Serum-therapy of plague in India - Number 20
Disease focus: Plague
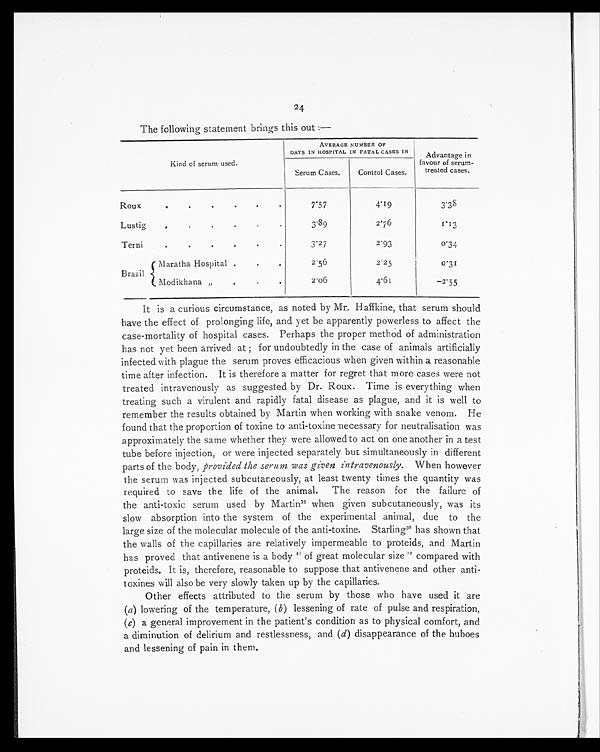
24
The following statement brings this out :—
Kind of serum used.
AVERAGE NUMBER OF
DAYS IN HOSPITAL IN FATAL CASES IN
Advantage in
favour of serum-
treated cases.
Serum Cases.
Control Cases.
Roux.
. . . . .
7 . 5 7
4.19
3.38
Lustig
3.89
2.76
1.13
Terni
3 . 2 7
2.93
0 . 3 4
Maratha Hospital ..
.
2.56
2.25
0 . 3 1
Brazil
Modikhana „
2.06
4.61
- 2 . 5 5
It is a curious circumstance, as noted by Mr. Haffkine, that serum should
have the effect of prolonging life, and yet be apparently powerless to affect the
case mortality of hospital cases. Perhaps the proper method of administration
has not yet been arrived at; for undoubtedly in the case of animals artificially
infected with plague the serum proves efficacious when given within a reasonable
time after infection. It is therefore a matter for regret that more cases were not
treated intravenously as suggested by Dr. Roux. Time is everything when
treating such a virulent and rapidly fatal disease as plague, and it is well to
remember the results obtained by Martin when working with snake venom. He
found that the proportion of toxine to anti-toxine necessary for neutralisation was
approximately the same whether they were allowed to act on one another in a test
tube before injection, or were injected separately but simultaneously in different
parts of the body, provided the serum was given intravenously . When however
the serum was injected subcutaneously, at least twenty times the quantity was
required to save the life of the animal. The reason for the failure of
the anti-toxic serum used by Martin35 when given subcutaneously, was its
slow absorption into the system of the experimental animal, due to the
large size of the molecular molecule of the anti-toxine. Starling 36 has shown that
the walls of the capillaries are relatively impermeable to proteids, and Martin
has proved that antivenene is a body "of great molecular size " compared with
proteids. It is, therefore, reasonable to suppose that antivenene and other anti-
toxines will also be very slowly taken up by the capillaries.
Other effects attributed to the serum by those who have used it are
(a ) lowering of the temperature, ( b ) lessening of rate of pulse and respiration,
( c ) a general improvement in the patient's condition as to physical comfort, and
a diminution of delirium and restlessness, and ( d ) disappearance of the buboes
and lessening of pain in them.